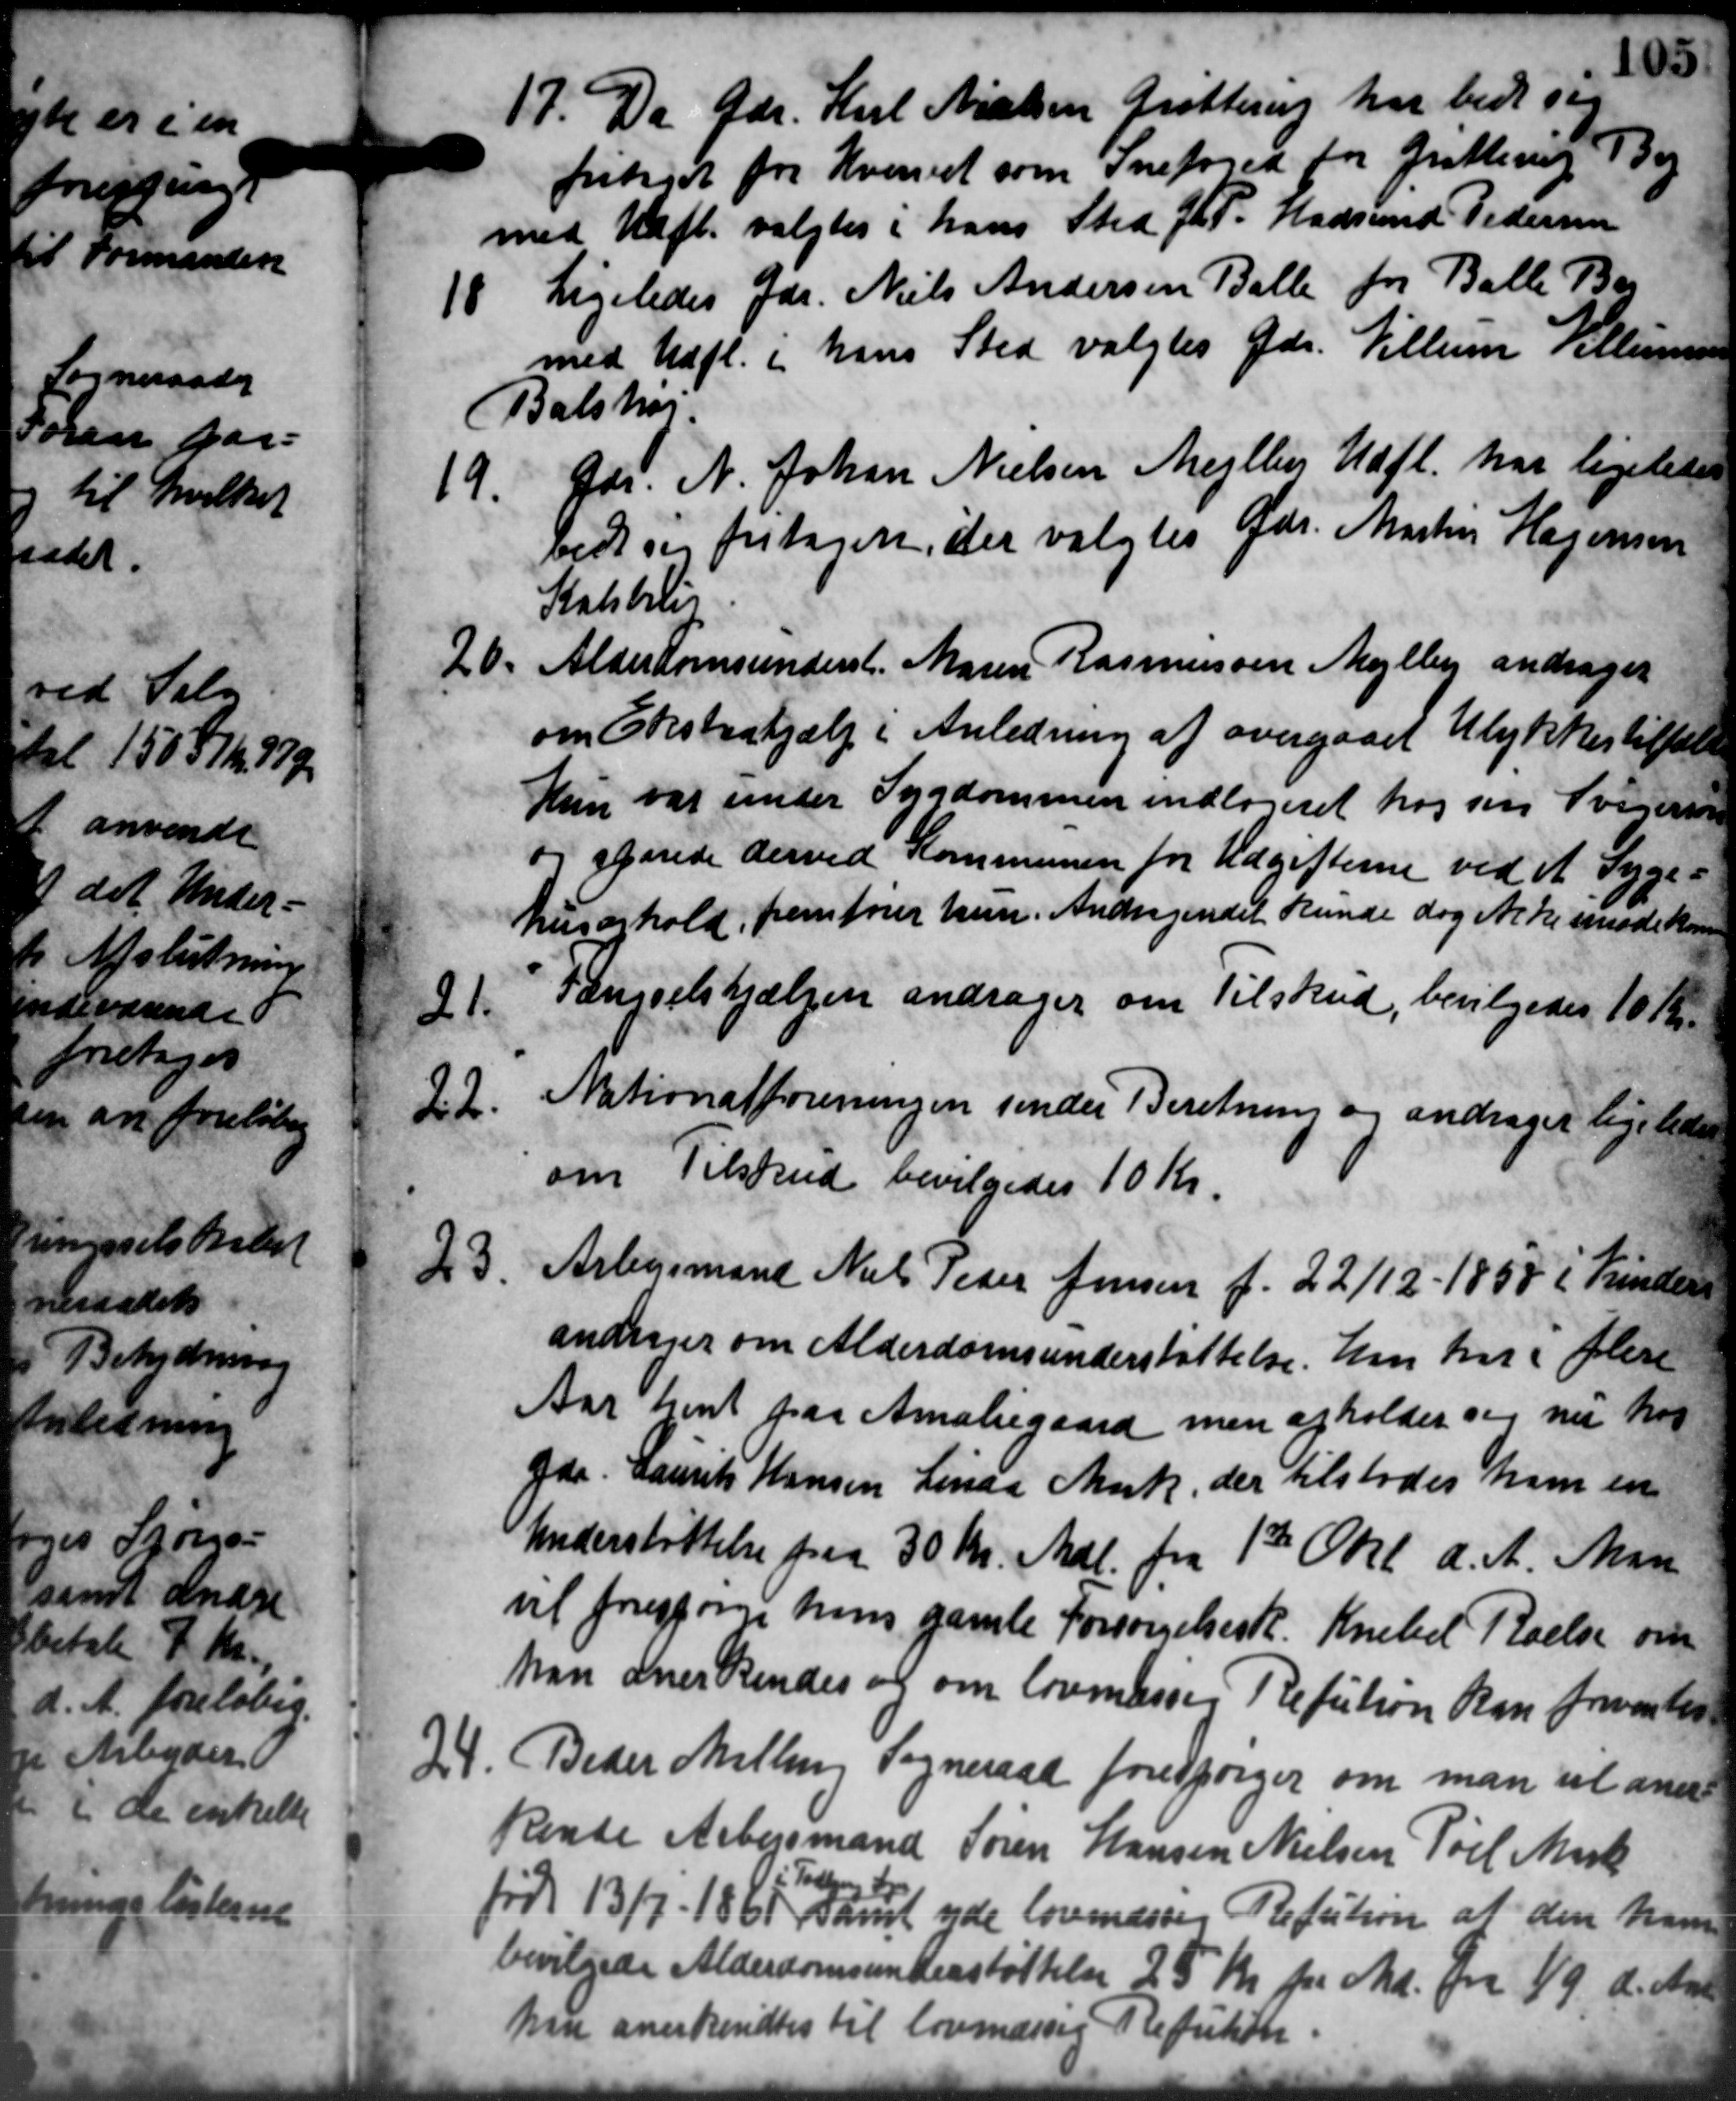
Transskription:
17. Da Gdr. Karl Nielsen Grøttrup har bedt sig
17. Da Gdr. Karl Nielsen Grøttrup har bedt sig
fritaget for Hvervet som Snefoged for Gratterup Bog
med Udfl. valgtes i hans Sted J. P. Hadsund Pedersen

Ligeledes Gdr. Niels Andersen Balle for Balle Bog
med Udfl. i hans Sted valgtes Gdr. Villum Hellemme
Balshøj
19.
Gdr. N. Johan Nielsen Mejlby Udfl. har ligeledes
bedt sig fritaget, der valgtes Gdr. Martin Hagensen
Kalstrup
20.
Alderdomsunderst. Maren Rasmussen Mejlby andrager
om Ekstrahjælp i Anledning af overgaaet Ulykkestiltale
Hun var under Sygdommen indlageret hos sin Svigerin
og sparede derved Kommunen for Udgifterne ved et Syge-
husophold, fremfører hun Andragendet kunde dog ikke imøde komm
21.
Fængselshjælpen andrager om Tilskud, bevilgedes 10 Kr.
22.
Nationalforeningen sender Beretning og andrager ligeledes
om Tilskud bevilgedes 10 Kr.
23.
Arbejdsmand Niels Peder Jensen f. 22/12-1858 i Kinder
andrager om Alderdomsunderstøttelse. han har i flere
Aar hent paa Amaliegaard men afholder sig nu hos
Gdr. Laurits Hansen Linda Mark, der tilstodes ham en
Understøttelse paa 30 Kr. Mdl. fra 1st Okt. d. A. Man
vil forespørge hans gamle forsørgelsesk. Kneled Roelse om
han anerkendes og om lovmæssig Refution kan freventes
24. Beder Milling Sogneraad forespørger om man vil aner-
24. Beder Milling Sogneraad forespørger om man vil aner-
Rente Arbejdsmand Søren Hansen Nielsen Pøel Mark
født 13/7 - 1868, samt yde lovmæssig Refution at den ham
bevilgede Alderdomsunderstøttelse 25 Kr. pr. Md. fra 1/9 d. An
han anerkendtes til lovmæssig Refukter